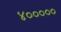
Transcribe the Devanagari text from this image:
४०००००